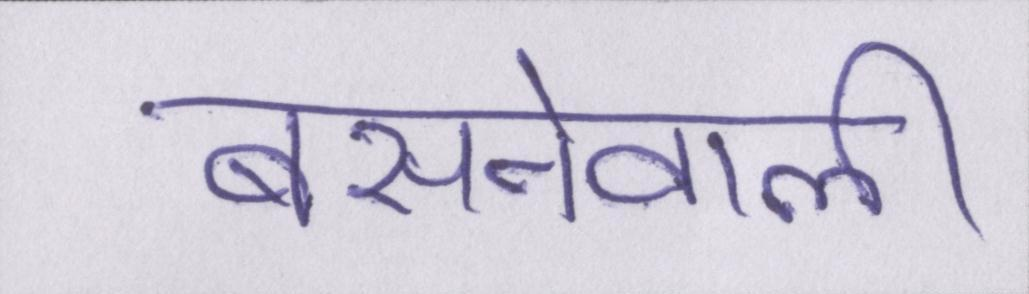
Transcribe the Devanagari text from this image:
बसनेवाली